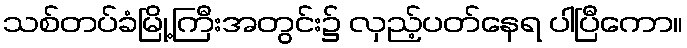
သစ်တပ်ခံမြို့ကြီးအတွင်း၌ လှည့်ပတ်နေရ ပါပြီကော။